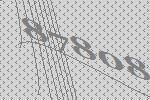
87808